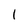
Character: 1